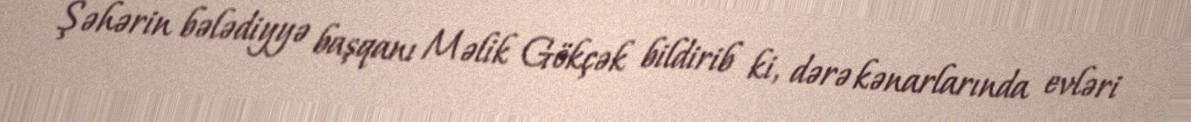
Şəhərin bələdiyyə başqanı Məlik Gökçək bildirib ki, dərə kənarlarında evləri